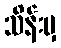
သိန်းမှ